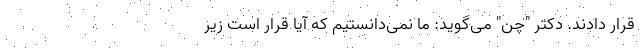
قرار دادند. دکتر "چن" می‌گوید: ما نمی‌دانستیم که آیا قرار است زیر